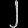
Digit: ၂